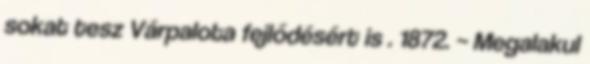
sokat tesz Várpalota fejlődésért is . 1872. – Megalakul